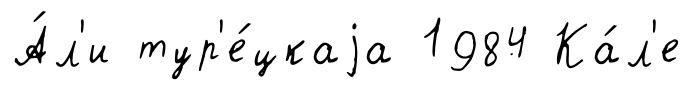
А́л'и тур'е́цкаjа 1984 Ка́л'е